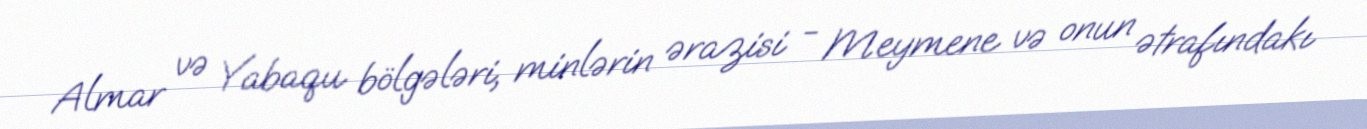
Almar və Yabaqu bölgələri, minlərin ərazisi - Meymene və onun ətrafındakı